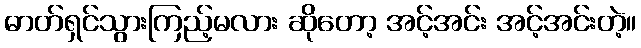
ဓာတ်ရှင်သွားကြည့်မလား ဆိုတော့ အင့်အင်း အင့်အင်းတဲ့။